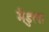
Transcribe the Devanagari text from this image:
मैंडुला